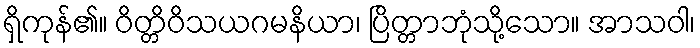
ရှိကုန်၏။ ဝိတ္တိဝိသယဂမနိယာ၊ ပြိတ္တာဘုံသို့သော။ အာသဝါ၊